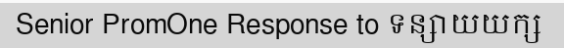
Senior PromOne Response to ទន្សាយយក្ស